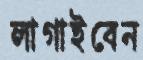
লাগাইবেন